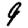
Digit: 9